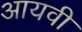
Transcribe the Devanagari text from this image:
आयवी